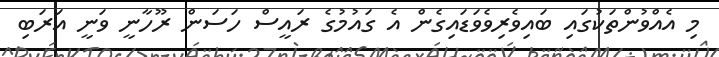
މި އެއްވުންތަކުގައި ބައިވެރިވެވަޑައިގެން އެ ގައުމުގެ ރައީސް ހަސަން ރޫހާނީ ވަނީ އަރަބި